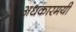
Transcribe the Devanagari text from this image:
अंधकारमयी